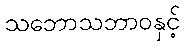
သဘောသဘာဝနှင့်